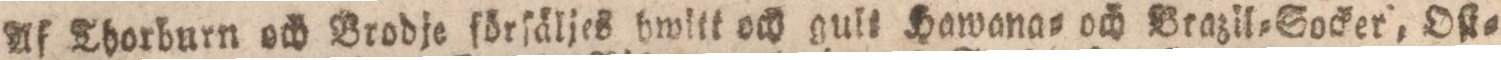
Af Thorburn och Vrodje förſäljes hwitt och gult Hawana= och Brazil=Socker, Oſt=